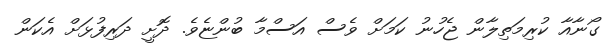
ގޯނާއާ ކުރިމަތިލާން ޖެހުނު ކަމަށް ވެސް އަސްމާ ބުންޏެވެ. ދޮށީ ދަރިފުޅަށް އެކަން